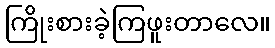
ကြိုးစားခဲ့ကြဖူးတာလေ။